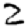
Digit: 2